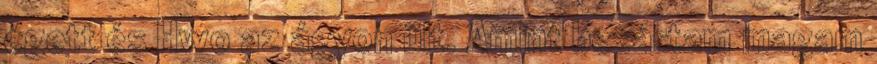
égett és Hwo az ágyon ült. Amint bezártam magam